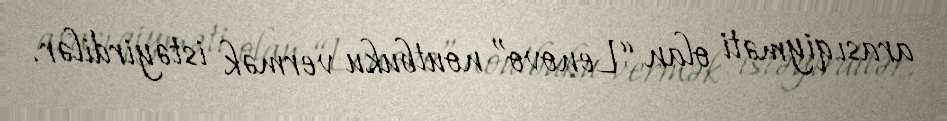
arası qiyməti olan “Lenovo” noutbuku vermək istəyirdilər.